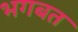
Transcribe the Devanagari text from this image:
भगबत